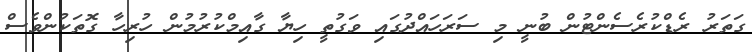
ގަތަރު ރެޑްކުރެސެންޓުން ބުނީ މި ސަރަހައްދުގައި ވަގުތީ ހިޔާ ގާއިމްކުރުމުން ހުރިހާ ގޮތަކުންވެސް